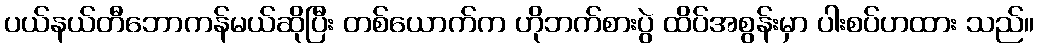
ပယ်နယ်တီဘောကန်မယ်ဆိုပြီး တစ်ယောက်က ဟိုဘက်စားပွဲ ထိပ်အစွန်းမှာ ပါးစပ်ဟထား သည်။